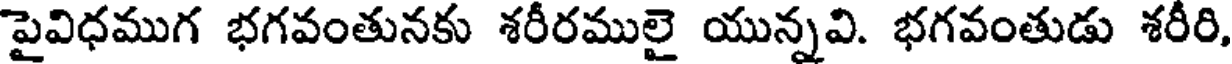
పైవిధముగ భగవంతునకు శరీరములై యున్నవి. భగవంతుడు శరీరి